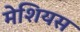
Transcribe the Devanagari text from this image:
मेशियस